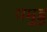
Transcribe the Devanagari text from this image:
यमुडु